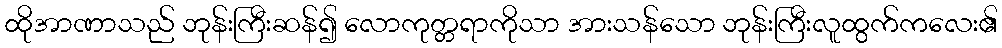
ထိုအာဏာသည် ဘုန်းကြီးဆန်၍ လောကုတ္တရာကိုသာ အားသန်သော ဘုန်းကြီးလူထွက်ကလေး၏